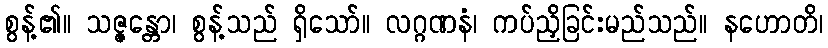
စွန့်၏။ သဇ္ဇန္တော၊ စွန့်သည် ရှိသော်။ လဂ္ဂဏနံ၊ ကပ်ညှိခြင်းမည်သည်။ နဟောတိ၊